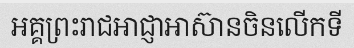
អគ្គព្រះរាជអាជ្ញាអាស៊ានចិនលើកទី